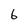
Character: 6